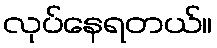
လုပ်နေရတယ်။